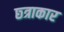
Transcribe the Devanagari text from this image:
छ्त्राकार